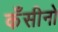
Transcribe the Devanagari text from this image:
कँसीनो